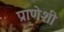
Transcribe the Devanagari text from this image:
प्राणेशी